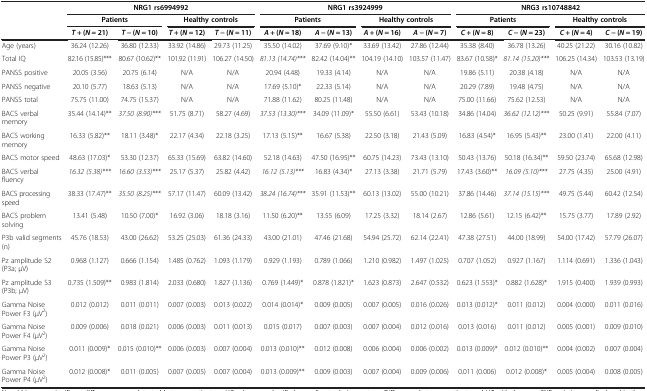
<table><thead><tr><td><b> </b></td><td colspan="4"><b>NRG1 rs6994992</b></td><td colspan="4"><b>NRG1 rs3924999</b></td><td colspan="4"><b>NRG3 rs10748842</b></td></tr><tr><td><b> </b></td><td colspan="2"><b>Patients</b></td><td colspan="2"><b>Healthy controls</b></td><td colspan="2"><b>Patients</b></td><td colspan="2"><b>Healthy controls</b></td><td colspan="2"><b>Patients</b></td><td colspan="2"><b>Healthy controls</b></td></tr><tr><td><b> </b></td><td><b><i>T</i> + (<i>N</i> = 21)</b></td><td><b><i>T</i> − (<i>N</i> = 10)</b></td><td><b><i>T</i> + (<i>N</i> = 12)</b></td><td><b><i>T</i> − (<i>N</i> = 11)</b></td><td><b><i>A</i> + (<i>N</i> = 18)</b></td><td><b><i>A</i> − (<i>N</i> = 13)</b></td><td><b><i>A</i> + (<i>N</i> = 16)</b></td><td><b><i>A</i> − (<i>N</i> = 7)</b></td><td><b><i>C</i> + (<i>N</i> = 8)</b></td><td><b><i>C</i> − (<i>N</i> = 23)</b></td><td><b><i>C</i> + (<i>N</i> = 4)</b></td><td><b><i>C</i> − (<i>N</i> = 19)</b></td></tr></thead><tbody><tr><td>Age (years)</td><td>36.24 (12.26)</td><td>36.80 (12.33)</td><td>33.92 (14.86)</td><td>29.73 (11.25)</td><td>35.50 (14.02)</td><td>37.69 (9.10)*</td><td>33.69 (13.42)</td><td>27.86 (12.44)</td><td>35.38 (8.40)</td><td>36.78 (13.26)</td><td>40.25 (21.22)</td><td>30.16 (10.82)</td></tr><tr><td>Total IQ</td><td>82.16 (15.85)***</td><td>80.67 (10.62)**</td><td>101.92 (11.91)</td><td>106.27 (14.50)</td><td><i>81.13 (14.74)***</i></td><td>82.42 (14.04)**</td><td>104.19 (14.10)</td><td>103.57 (11.47)</td><td>83.67 (10.58)*</td><td><i>81.14 (15.20)***</i></td><td>106.25 (14.34)</td><td>103.53 (13.19)</td></tr><tr><td>PANSS positive</td><td>20.05 (3.56)</td><td>20.75 (6.14)</td><td>N/A</td><td>N/A</td><td>20.94 (4.48)</td><td>19.33 (4.14)</td><td>N/A</td><td>N/A</td><td>19.86 (5.11)</td><td>20.38 (4.18)</td><td>N/A</td><td>N/A</td></tr><tr><td>PANSS negative</td><td>20.10 (5.77)</td><td>18.63 (5.13)</td><td>N/A</td><td>N/A</td><td>17.69 (5.10)*</td><td>22.33 (5.14)</td><td>N/A</td><td>N/A</td><td>20.29 (7.89)</td><td>19.48 (4.75)</td><td>N/A</td><td>N/A</td></tr><tr><td>PANSS total</td><td>75.75 (11.00)</td><td>74.75 (15.37)</td><td>N/A</td><td>N/A</td><td>71.88 (11.62)</td><td>80.25 (11.48)</td><td>N/A</td><td>N/A</td><td>75.00 (11.66)</td><td>75.62 (12.53)</td><td>N/A</td><td>N/A</td></tr><tr><td>BACS verbal memory</td><td>35.44 (14.14)**</td><td><i>37.50 (8.90)***</i></td><td>51.75 (8.71)</td><td>58.27 (4.69)</td><td><i>37.53 (13.30)***</i></td><td>34.09 (11.09)*</td><td>55.50 (6.61)</td><td>53.43 (10.18)</td><td>34.86 (14.04)</td><td><i>36.62 (12.12)***</i></td><td>50.25 (9.91)</td><td>55.84 (7.07)</td></tr><tr><td>BACS working memory</td><td>16.33 (5.82)**</td><td>18.11 (3.48)*</td><td>22.17 (4.34)</td><td>22.18 (3.25)</td><td>17.13 (5.15)**</td><td>16.67 (5.38)</td><td>22.50 (3.18)</td><td>21.43 (5.09)</td><td>16.83 (4.54)*</td><td>16.95 (5.43)**</td><td>23.00 (1.41)</td><td>22.00 (4.11)</td></tr><tr><td>BACS motor speed</td><td>48.63 (17.03)*</td><td>53.30 (12.37)</td><td>65.33 (15.69)</td><td>63.82 (14.60)</td><td>52.18 (14.63)</td><td>47.50 (16.95)**</td><td>60.75 (14.23)</td><td>73.43 (13.10)</td><td>50.43 (13.76)</td><td>50.18 (16.34)**</td><td>59.50 (23.74)</td><td>65.68 (12.98)</td></tr><tr><td>BACS verbal fluency</td><td><i>16.32 (5.38)***</i></td><td><i>16.60 (3.53)***</i></td><td>25.17 (5.37)</td><td>25.82 (4.42)</td><td><i>16.12 (5.13)***</i></td><td>16.83 (4.34)*</td><td>27.13 (3.38)</td><td>21.71 (5.79)</td><td>17.43 (3.60)**</td><td><i>16.09 (5.10)***</i></td><td>27.75 (4.35)</td><td>25.00 (4.91)</td></tr><tr><td>BACS processing speed</td><td>38.33 (17.47)**</td><td><i>35.50 (8.25)***</i></td><td>57.17 (11.47)</td><td>60.09 (13.42)</td><td><i>38.24 (16.74)***</i></td><td>35.91 (11.53)**</td><td>60.13 (13.02)</td><td>55.00 (10.21)</td><td>37.86 (14.46)</td><td><i>37.14 (15.15)***</i></td><td>49.75 (5.44)</td><td>60.42 (12.54)</td></tr><tr><td>BACS problem solving</td><td>13.41 (5.48)</td><td>10.50 (7.00)*</td><td>16.92 (3.06)</td><td>18.18 (3.16)</td><td>11.50 (6.20)**</td><td>13.55 (6.09)</td><td>17.25 (3.32)</td><td>18.14 (2.67)</td><td>12.86 (5.61)</td><td>12.15 (6.42)**</td><td>15.75 (3.77)</td><td>17.89 (2.92)</td></tr><tr><td>P3b valid segments (n)</td><td>45.76 (18.53)</td><td>43.00 (26.62)</td><td>53.25 (25.03)</td><td>61.36 (24.33)</td><td>43.00 (21.01)</td><td>47.46 (21.68)</td><td>54.94 (25.72)</td><td>62.14 (22.41)</td><td>47.38 (27.51)</td><td>44.00 (18.99)</td><td>54.00 (17.42)</td><td>57.79 (26.07)</td></tr><tr><td>Pz amplitude S2 (P3a; μV)</td><td>0.968 (1.127)</td><td>0.666 (1.154)</td><td>1.485 (0.762)</td><td>1.093 (1.179)</td><td>0.929 (1.193)</td><td>0.789 (1.066)</td><td>1.210 (0.982)</td><td>1.497 (1.025)</td><td>0.707 (1.052)</td><td>0.927 (1.167)</td><td>1.114 (0.691)</td><td>1.336 (1.043)</td></tr><tr><td>Pz amplitude S3 (P3b; μV)</td><td>0.735 (1.509)**</td><td>0.983 (1.814)</td><td>2.033 (0.680)</td><td>1.827 (1.136)</td><td>0.769 (1.449)*</td><td>0.878 (1.821)*</td><td>1.623 (0.873)</td><td>2.647 (0.532)</td><td>0.623 (1.553)*</td><td>0.882 (1.628)*</td><td>1.915 (0.400)</td><td>1.939 (0.993)</td></tr><tr><td>Gamma Noise Power F3 (μV<sup>2</sup>)</td><td>0.012 (0.012)</td><td>0.011 (0.011)</td><td>0.007 (0.003)</td><td>0.013 (0.022)</td><td>0.014 (0.014)*</td><td>0.009 (0.005)</td><td>0.007 (0.005)</td><td>0.016 (0.026)</td><td>0.013 (0.012)*</td><td>0.011 (0.012)</td><td>0.004 (0.000)</td><td>0.011 (0.016)</td></tr><tr><td>Gamma Noise Power F4 (μV<sup>2</sup>)</td><td>0.009 (0.006)</td><td>0.018 (0.021)</td><td>0.006 (0.003)</td><td>0.011 (0.013)</td><td>0.015 (0.017)</td><td>0.007 (0.003)</td><td>0.007 (0.004)</td><td>0.012 (0.016)</td><td>0.013 (0.016)</td><td>0.011 (0.012)</td><td>0.005 (0.001)</td><td>0.009 (0.010)</td></tr><tr><td>Gamma Noise Power P3 (μV<sup>2</sup>)</td><td>0.011 (0.009)*</td><td>0.015 (0.010)**</td><td>0.006 (0.003)</td><td>0.007 (0.004)</td><td>0.013 (0.010)**</td><td>0.012 (0.008)</td><td>0.006 (0.004)</td><td>0.006 (0.002)</td><td>0.013 (0.009)*</td><td>0.012 (0.010)**</td><td>0.004 (0.002)</td><td>0.007 (0.004)</td></tr><tr><td>Gamma Noise Power P4 (μV<sup>2</sup>)</td><td>0.012 (0.008)*</td><td>0.011 (0.005)</td><td>0.007 (0.005)</td><td>0.007 (0.004)</td><td>0.013 (0.009)**</td><td>0.009 (0.003)</td><td>0.007 (0.004)</td><td>0.009 (0.006)</td><td>0.011 (0.006)</td><td>0.012 (0.008)*</td><td>0.005 (0.004)</td><td>0.008 (0.005)</td></tr></tbody></table>